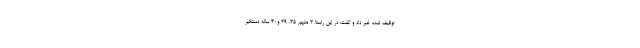
توقیف شده خبر داد و گفت: در این راستا ۳ متهم ۳۵، ۳۹ و۴۰ ساله دستگیر